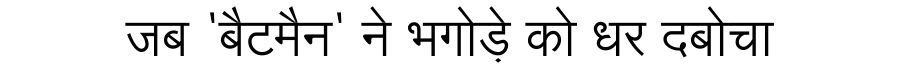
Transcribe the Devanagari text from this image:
जब 'बैटमैन' ने भगोड़े को धर दबोचा